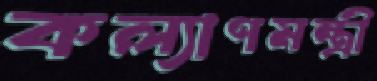
কল্যাণমন্ত্রী